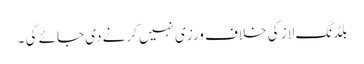
بلڈنگ لاز کی خلاف ورزی نہیں کرنے دی جائے گی ۔